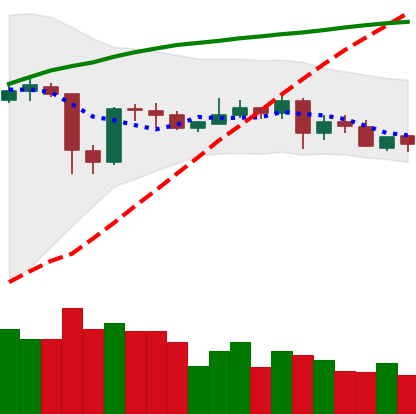
Ticker: XLM-USD
Chart end date: 2020-05-26
Forward return: 8.417%
Label: up_7plus